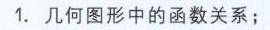
1. 几何图形中的函数关系；